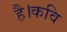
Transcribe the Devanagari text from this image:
है।कवि